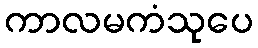
ကာလမကံသုပေ